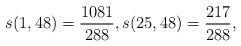
LaTeX: \begin{align*}s(1,48)=\frac{1081}{288}, s(25,48)=\frac{217}{288},\end{align*}